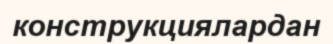
конструкциялардан